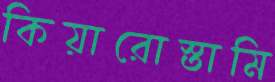
কিয়ারোস্তামি